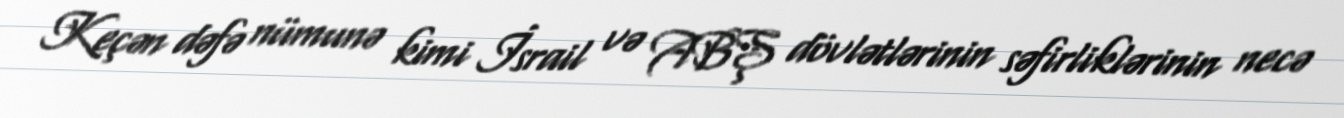
Keçən dəfə nümunə kimi İsrail və ABŞ dövlətlərinin səfirliklərinin necə